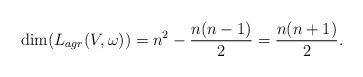
LaTeX: \begin{align*} \dim( L_{agr}(V,\omega))=n^2-\frac{n(n-1)}{2}=\frac{n(n+1)}{2}.\end{align*}